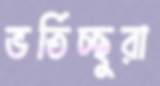
ভর্তিচ্ছুরা